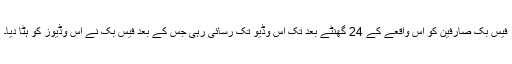
فیس بک صارفین کو اس واقعے کے 24 گھنٹے بعد تک اس وڈیو تک رسائی رہی جس کے بعد فیس بک نے اس وڈیوز کو ہٹا دیا۔